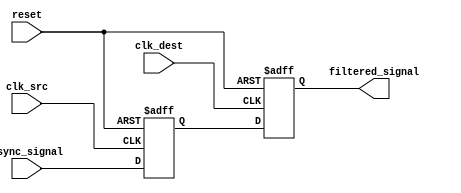
module meta_stability_filter (
    input wire clk_src,       // Source clock
    input wire clk_dest,      // Destination clock
    input wire async_signal,   // Asynchronous input signal
    input wire reset,          // Reset signal
    output reg filtered_signal  // Filtered output signal
);

    // Internal signals for the flip-flops
    reg ff1_out; // Output of the first flip-flop

    // First flip-flop (clocked by source clock)
    always @(posedge clk_src or posedge reset) begin
        if (reset) begin
            ff1_out <= 1'b0; // Initialize to known state
        end else begin
            ff1_out <= async_signal; // Sample asynchronous signal
        end
    end

    // Second flip-flop (clocked by destination clock)
    always @(posedge clk_dest or posedge reset) begin
        if (reset) begin
            filtered_signal <= 1'b0; // Initialize to known state
        end else begin
            filtered_signal <= ff1_out; // Sample output of first flip-flop
        end
    end

endmodule